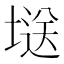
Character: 𭏘